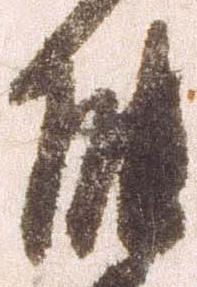
能